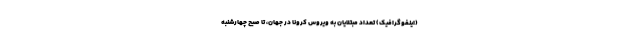
(اینفوگرافیک) تعداد مبتلایان به ویروس کرونا در جهان، تا صبح چهارشنبه